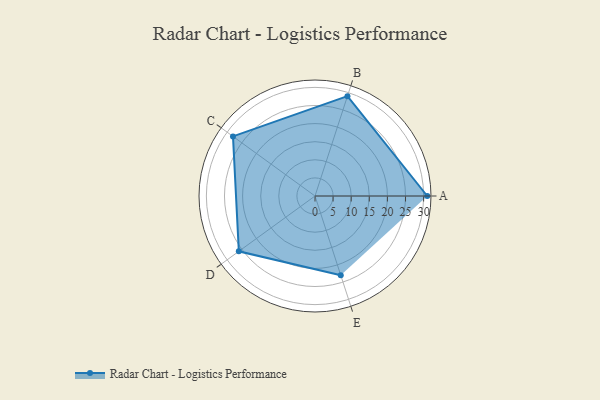
{"axis": {"x": "Skill", "y": "Score"}, "legend": ["Profile"], "data": [{"x": "A", "y": 31.0, "type": "Profile"}, {"x": "B", "y": 29.0, "type": "Profile"}, {"x": "C", "y": 28.0, "type": "Profile"}, {"x": "D", "y": 26.0, "type": "Profile"}, {"x": "E", "y": 23.0, "type": "Profile"}]}